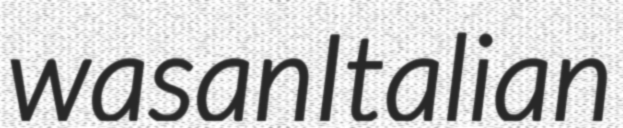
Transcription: was an Italian